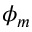
\phi _ { m }